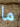
ما